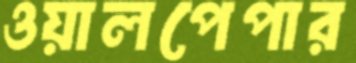
ওয়ালপেপার